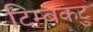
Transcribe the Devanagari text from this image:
टिम्बकटु